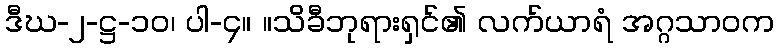
ဒီဃ-၂-ဋ္ဌ-၁၀၊ ပါ-၄။ ။သိခီဘုရားရှင်၏ လက်ယာရံ အဂ္ဂသာဝက